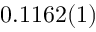
0 . 1 1 6 2 ( 1 )